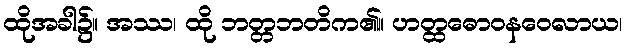
ထိုအခါ၌။ အဿ၊ ထို ဘတ္တဘတိက၏။ ဟတ္ထဓောဝနဝေလာယ၊